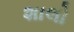
શાલો